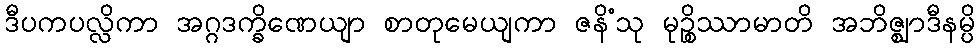
ဒီပကပလ္လိကာ အဂ္ဂဒက္ခိဏေယျာ စာတုမေယျကာ ဇနိံသု မုဉ္စိဿာမာတိ အဘိဇ္ဈာဒီနမ္ပိ